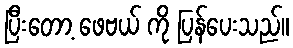
ပြီးတော့ ဖေဗယ် ကို ပြန်ပေးသည်။